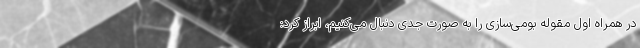
در همراه اول مقوله بومی‌سازی را به صورت جدی دنبال می‌کنیم، ابراز کرد: